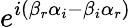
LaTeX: e^{i(\beta_{r}\alpha_{i}-\beta_{i}\alpha_{r})}